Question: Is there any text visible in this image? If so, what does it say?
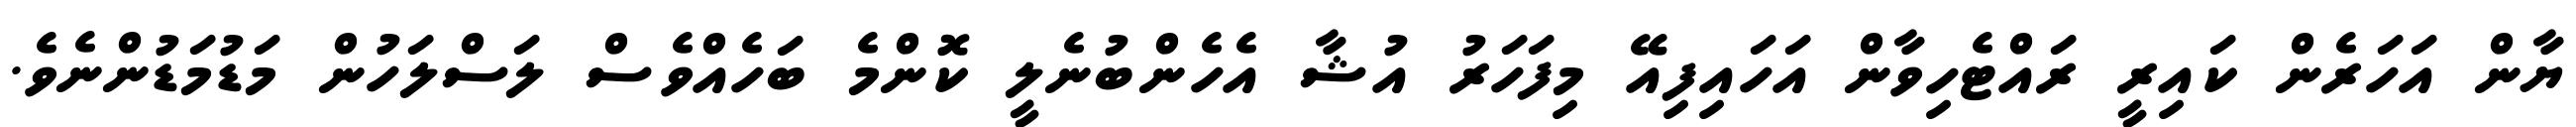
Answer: ޔާން އަހަރެން ކައިރީ ރައްޓެހިވާން އަހައިފިއޭ މިފަހަރު އުޝާ އެހެންބުނެލީ ކޮންމެ ބަހެއްވެސް ލަސްލަހުން މަޑުމަޑުންނެވެ.